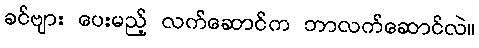
ခင်ဗျား ပေးမည့် လက်ဆောင်က ဘာလက်ဆောင်လဲ။